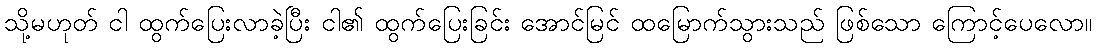
သို့မဟုတ် ငါ ထွက်ပြေးလာခဲ့ပြီး ငါ၏ ထွက်ပြေးခြင်း အောင်မြင် ထမြောက်သွားသည် ဖြစ်သော ကြောင့်ပေလော။